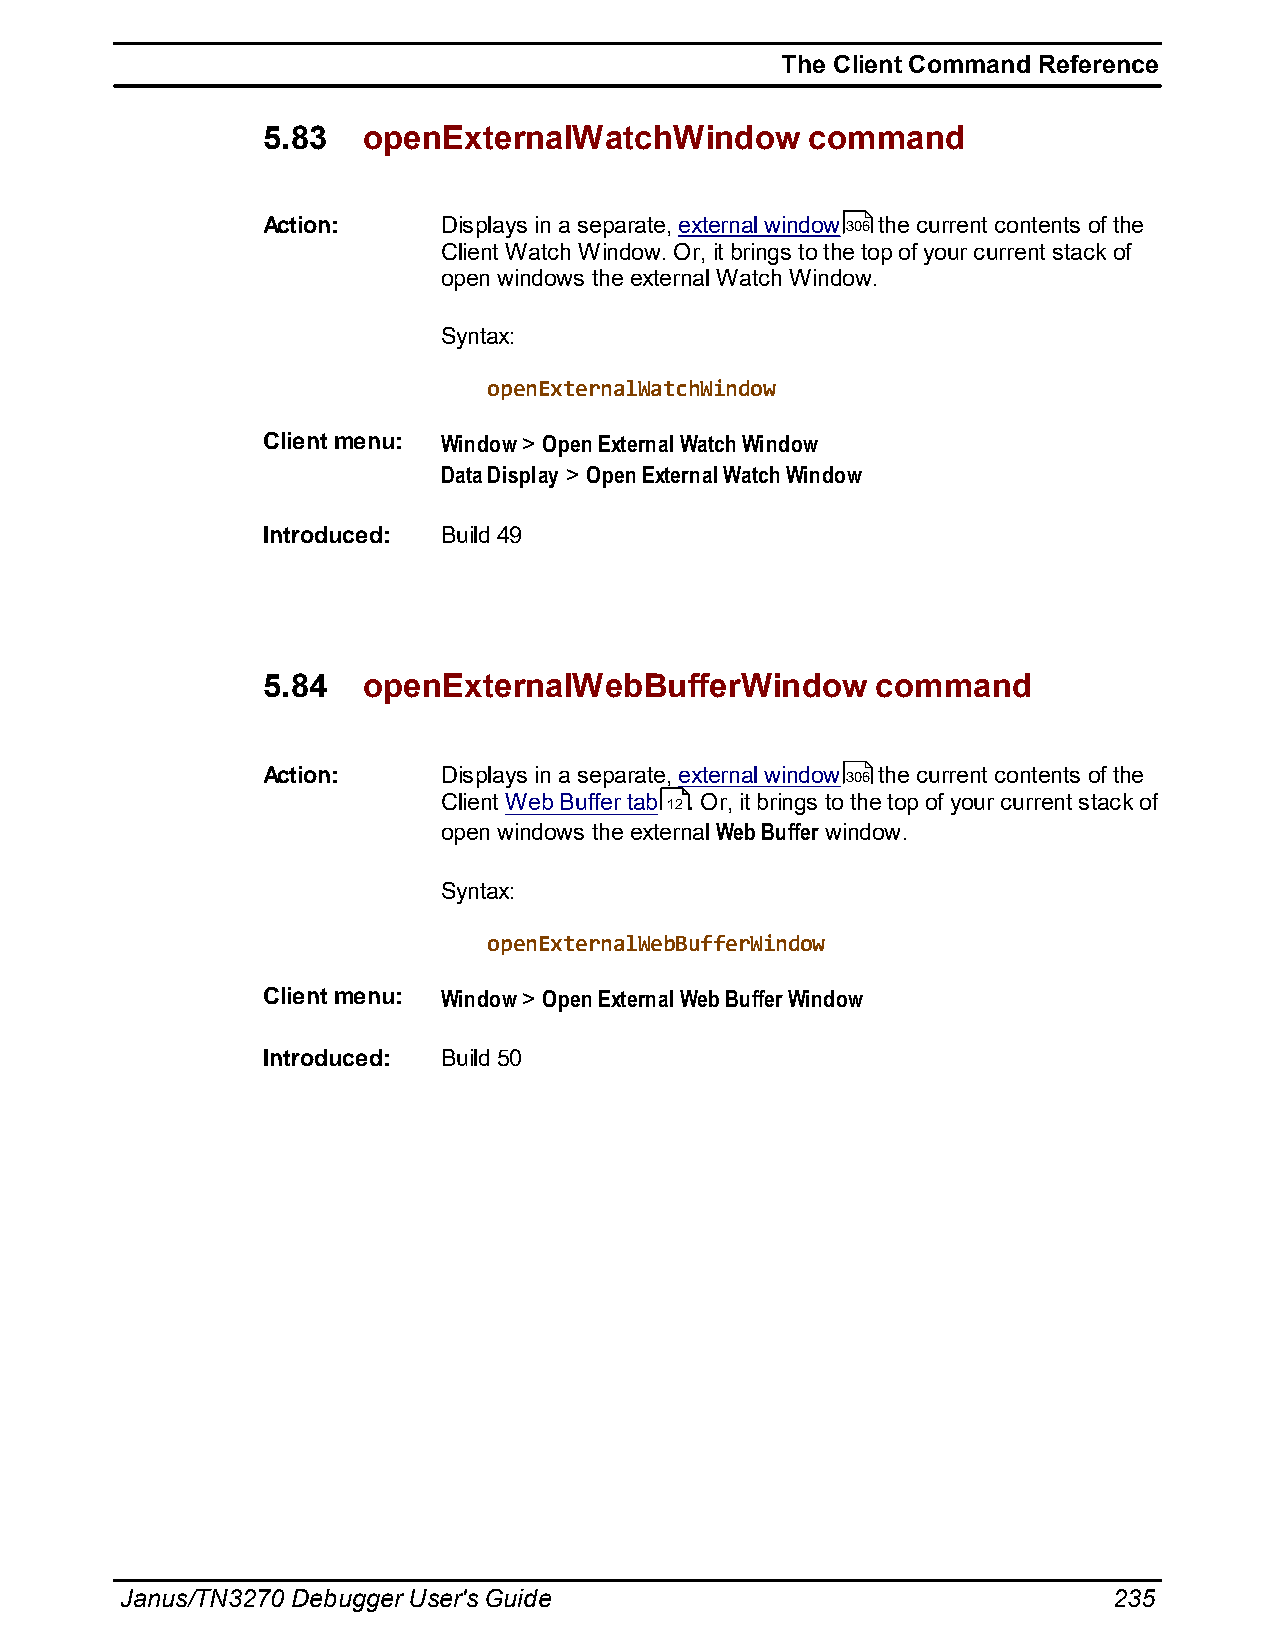
The Client Command Reference
 5.83   openExternalWatchWindow      command
 Action:     Displays in a separate, external window306 the current contents of the
 Client Watch Window. Or, it brings to the top of your current stack of
 open windows the external Watch Window.
 Syntax:
 openExternalWatchWindow
 Client menu: Window > Open External Watch Window
 Data Display > Open External Watch Window
 Introduced: Build 49
 5.84   openExternalWebBufferWindow       command
 Action:     Displays in a separate, external window306 the current contents of the
 Client Web Buffer tab 12. Or, it brings to the top of your current stack of
 open windows the external Web Buffer window.
 Syntax:
 openExternalWebBufferWindow
 Client menu: Window > Open External Web Buffer Window
 Introduced: Build 50
 Janus/TN3270 Debugger User's Guide                                235